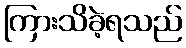
ကြားသိခဲ့ရသည်